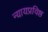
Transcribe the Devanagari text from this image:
न्यायप्रविष्ठ